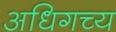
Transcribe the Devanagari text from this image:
अधिगच्य